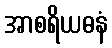
အာစရိယဓနံ